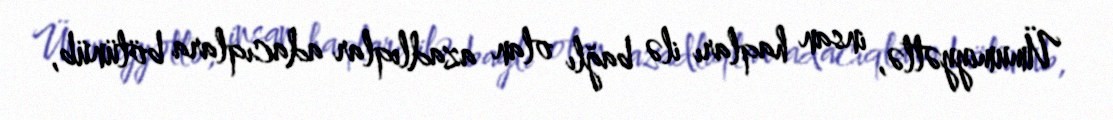
Ümumiyyətlə, insan haqları ilə bağlı olan azadlıqlar adacıqlara bölünüb,